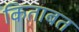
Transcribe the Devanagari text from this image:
किताबत